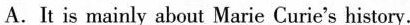
A. It is rmainly about Marie Curie's history.